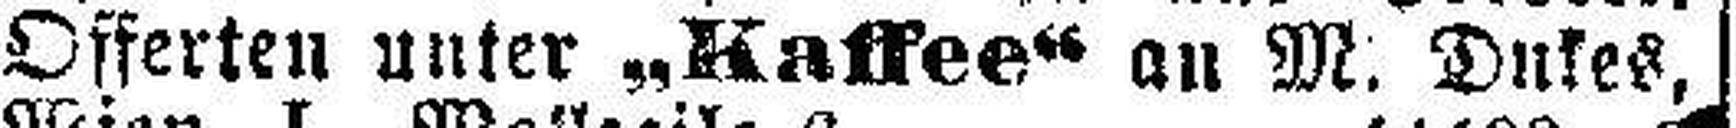
Offerten unter „Kaffee“ an M. Dukes,